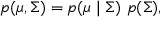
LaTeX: p ( { \boldsymbol { \mu } } , { \boldsymbol { \Sigma } } ) = p ( { \boldsymbol { \mu } } \mid { \boldsymbol { \Sigma } } ) \ p ( { \boldsymbol { \Sigma } } ) ,